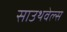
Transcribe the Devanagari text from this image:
साउथवेल्स